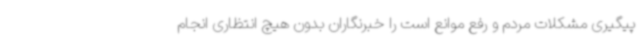
پیگیری مشکلات مردم و رفع موانع است را خبرنگاران بدون هیچ انتظاری انجام